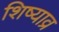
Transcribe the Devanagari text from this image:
शिष्याव्र